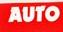
auto